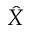
\hat { X }